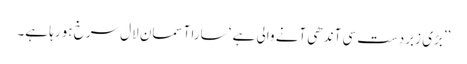
’’بڑی زبردست سی آندھی آنے والی ہے ‘ سارا آسمان لال سرخ ہو رہا ہے۔